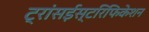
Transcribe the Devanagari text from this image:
ट्रांसईस्टरिफिकेशन